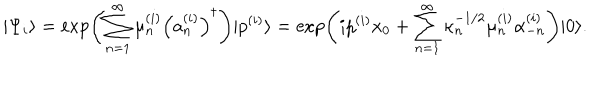
| \Psi _ { i } \rangle = \exp \left( \sum _ { n = 1 } ^ { \infty } \mu _ { n } ^ { ( i ) } \left( a _ { n } ^ { ( i ) } \right) ^ { \dagger } \right) | p ^ { ( i ) } \rangle = \exp \left( i p ^ { ( i ) } x _ { 0 } + \sum _ { n = 1 } ^ { \infty } \kappa _ { n } ^ { - 1 / 2 } \mu _ { n } ^ { ( i ) } \alpha _ { - n } ^ { ( i ) } \right) | 0 \rangle .